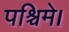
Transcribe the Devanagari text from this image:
पश्चिमे।